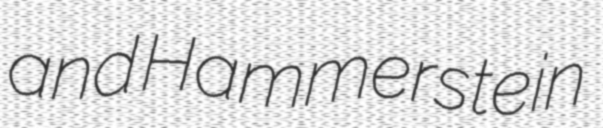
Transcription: and Hammerstein